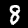
Label: 8